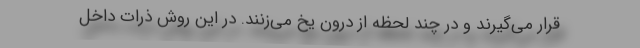
قرار می‌گیرند و در چند لحظه از درون یخ می‌زنند. در این روش ذرات داخل